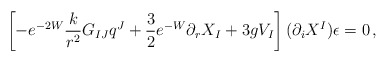
\begin{align*}\left[- e^{-2W} \frac{k}{r^2} G_{IJ} q^J + \frac 32 e^{-W} \partial_r X_I +3gV_I\right](\partial_i X^I)\epsilon = 0\,,\end{align*}